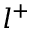
l ^ { + }